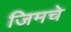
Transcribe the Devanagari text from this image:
जिमचे